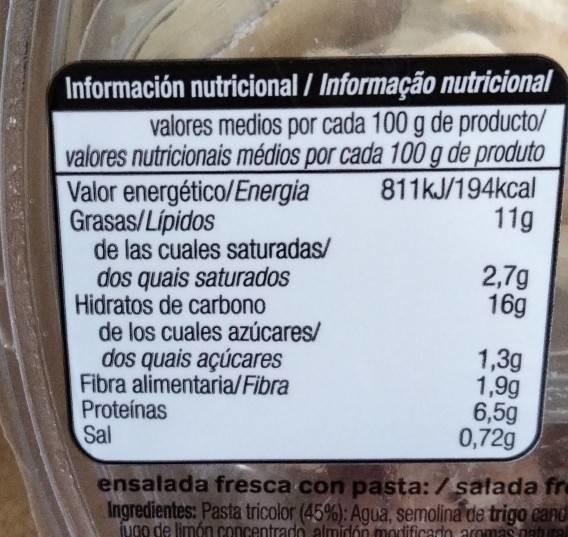
Información nutricional / Informação nutricional valores medios por cada 100 g de producto/ valores nutricionais médios por cada 100 g de produto Valor energético/Energia Grasas/Lípidos de las cuales saturadas/ dos quais saturados Hidratos de carbono de los cuales azúcares/ dos quais açúcares Fibra alimentaria/Fibra Proteínas Sal
811KJ/194kcal 11g
2,7g 16g
1,3g 1,9g 6,5g 0,72g
ensalada fresca con pasta:/ salada fre Ingredientes: Pasta tricolor (45%): Agua, semolina de trigo cand ugo de limón concentrado almirdón modificadn aromas natural